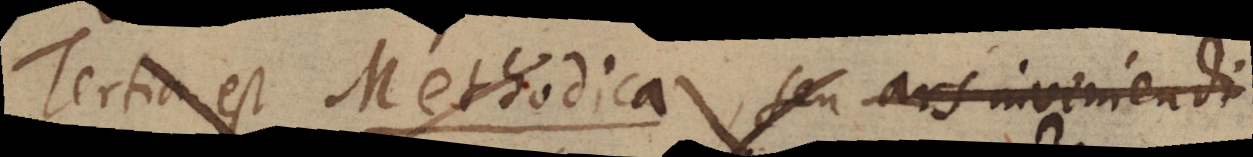
Tertia est Methodica, seu ars inveniendi